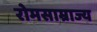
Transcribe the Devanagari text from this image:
रोमसाम्राज्य